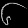
Digit: ၆